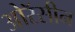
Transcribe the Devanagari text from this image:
ओरॅसीन